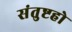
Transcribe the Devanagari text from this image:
संतुष्टहो